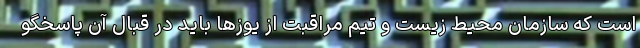
است که سازمان محیط زیست و تیم مراقبت از یوزها باید در قبال آن پاسخگو